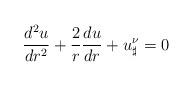
LaTeX: \begin{align*}\frac{d^2u}{dr^2}+\frac{2}{r}\frac{du}{dr}+u_\sharp^{\nu}=0\end{align*}